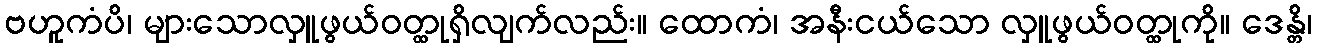
ဗဟူကံပိ၊ များသောလှူဖွယ်ဝတ္ထုရှိလျက်လည်း။ ထောကံ၊ အနီးငယ်သော လှူဖွယ်ဝတ္ထုကို။ ဒေန္တိ၊